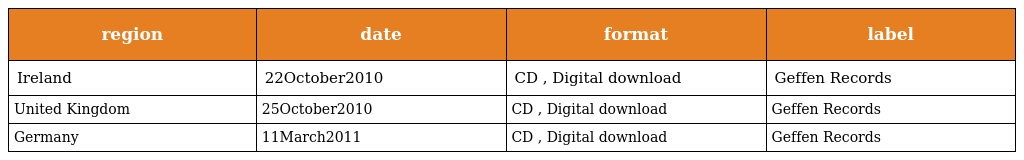
| region | date | format | label |
 | --- | --- | --- | --- |
 | Ireland | 22October2010 | CD , Digital download | Geffen Records |
 | United Kingdom | 25October2010 | CD , Digital download | Geffen Records |
 | Germany | 11March2011 | CD , Digital download | Geffen Records |